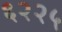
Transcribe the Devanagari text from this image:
६२२५